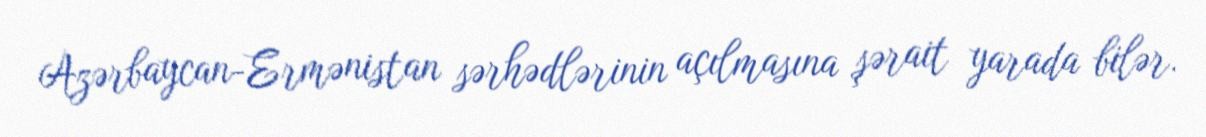
Azərbaycan-Ermənistan sərhədlərinin açılmasına şərait yarada bilər.